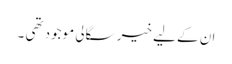
ان کے لیے خیر سگالی موجود تھی ۔